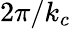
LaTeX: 2\pi/k_{c}